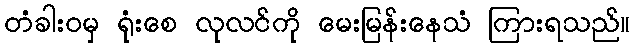
တံခါးဝမှ ရုံးစေ လုလင်ကို မေးမြန်းနေသံ ကြားရသည်။